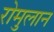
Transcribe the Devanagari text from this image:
रोमुलान